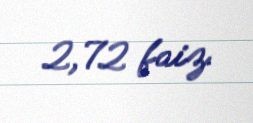
2,72 faiz.